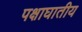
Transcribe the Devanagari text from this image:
पक्षाघातीय